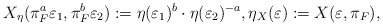
\begin{align*} X_\eta(\pi_F^a\varepsilon_1,\pi_F^b\varepsilon_2):=\eta(\varepsilon_1)^b\cdot\eta(\varepsilon_2)^{-a}, \eta_X(\varepsilon):=X(\varepsilon,\pi_F), \end{align*}